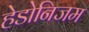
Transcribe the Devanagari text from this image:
हेडोनिजम